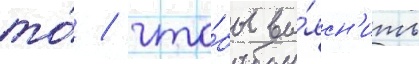
то́ / что́бы вы́ясн'ить